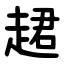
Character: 䞫